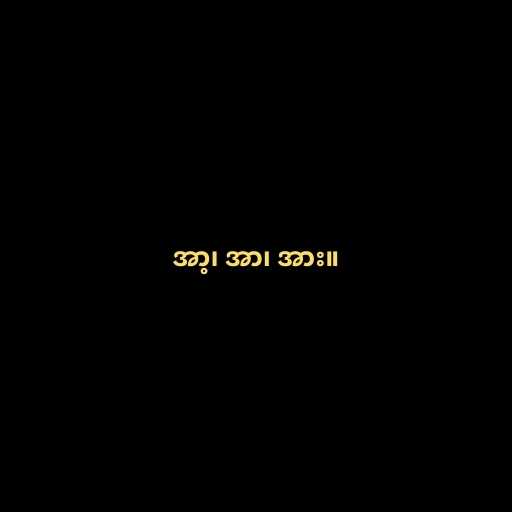
အာ့၊ အာ၊ အား။